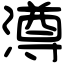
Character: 澊